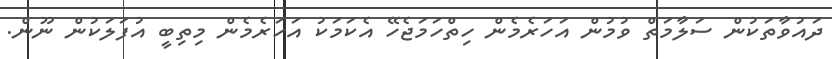
ދައުވާތަކުން ސަލާމަތް ވުމުން އަހަރެމެން ހިތްހަމަޖެހޭ އެކަމަކު އަހަރެމެން މިތިބީ އުފަލަކުން ނޫން.